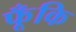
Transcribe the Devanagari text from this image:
फूँकि